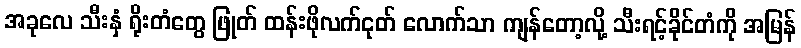
အခုလေ သီးနှံ ရိုးတံတွေ ဖြုတ် ထန်းဖိုလက်ငုတ် လောက်သာ ကျန်တော့လို့ သီးရင့်ခိုင်တံကို အမြန်